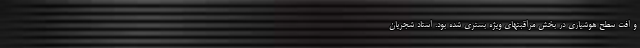
و افت سطح هوشیاری در بخش مراقبتهای ویژه بستری شده بود. استاد شجریان